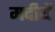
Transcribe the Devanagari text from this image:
मदीयें